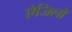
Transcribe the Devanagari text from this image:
ऐजिलो